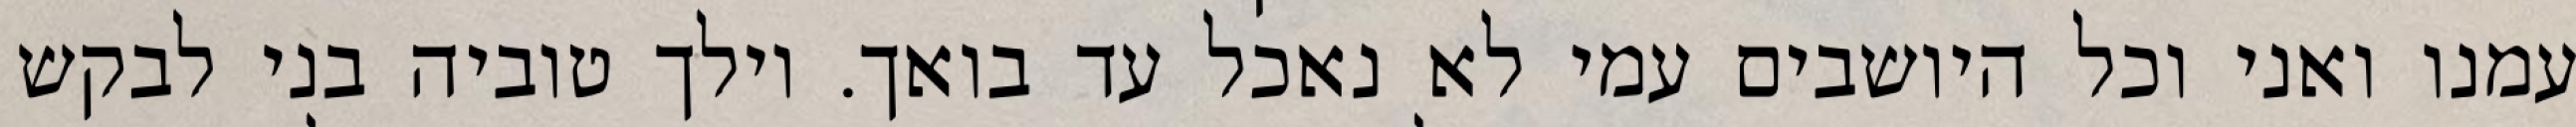
עמנו ואני וכל היושבים עמי לא נאכל עד בואך. וילך טוביה בני לבקש